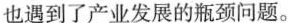
也遇到了产业发展的瓶颈问题。